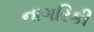
નાગરિકી